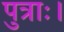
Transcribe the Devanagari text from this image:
पुत्राः।